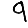
Digit: 9